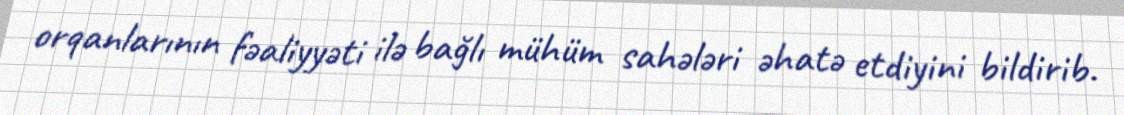
orqanlarının fəaliyyəti ilə bağlı mühüm sahələri əhatə etdiyini bildirib.